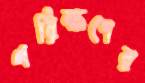
পরিক্ষণের